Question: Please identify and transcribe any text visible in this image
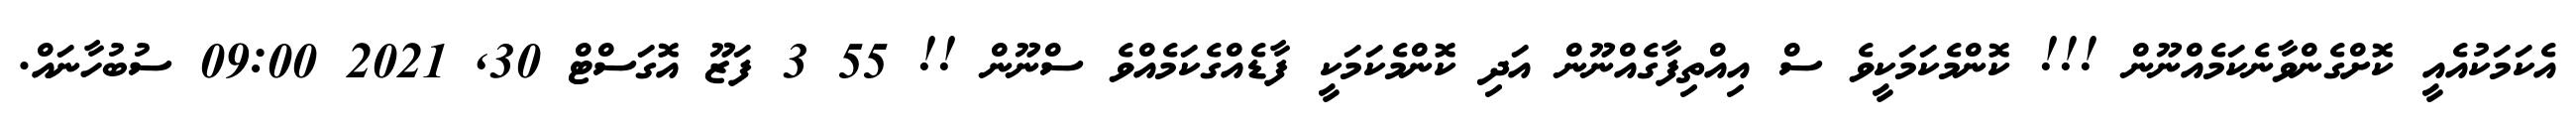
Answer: އެކަމަކުއެއީ ކޮށްގެންވާނެކަމެއްނޫން !!! ކޮންމެކަމަކީވެ ސް އިއްތިފާގެއްނޫން އަދި ކޮންމެކަމަކީ ފާޑެއްގެކަމެއްވެ ސްނޫން !! 55 3 ފަޒޫ އޮގަސްޓް 30, 2021 09:00 ސުބުހާނައް.